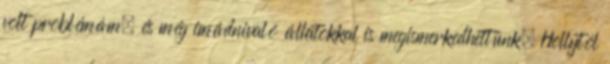
volt problémám, és még imádnivaló állatokkal is megismerkedhettünk. Hollytól